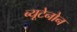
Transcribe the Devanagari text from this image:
ब्यूटेनोन